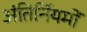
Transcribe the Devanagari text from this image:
अंतिर्नियमों